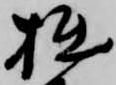
拙